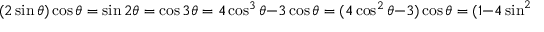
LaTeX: ( 2 \sin \theta ) \cos \theta = \sin 2 \theta = \cos 3 \theta = 4 \cos ^ { 3 } \theta - 3 \cos \theta = ( 4 \cos ^ { 2 } \theta - 3 ) \cos \theta = ( 1 - 4 \sin ^ { 2 } \theta ) \cos \theta